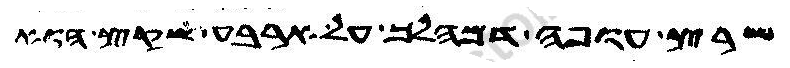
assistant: שרץ עופה דמהלך על ארבע שקץ הוא